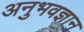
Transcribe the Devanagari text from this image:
अनुभवज्ञान